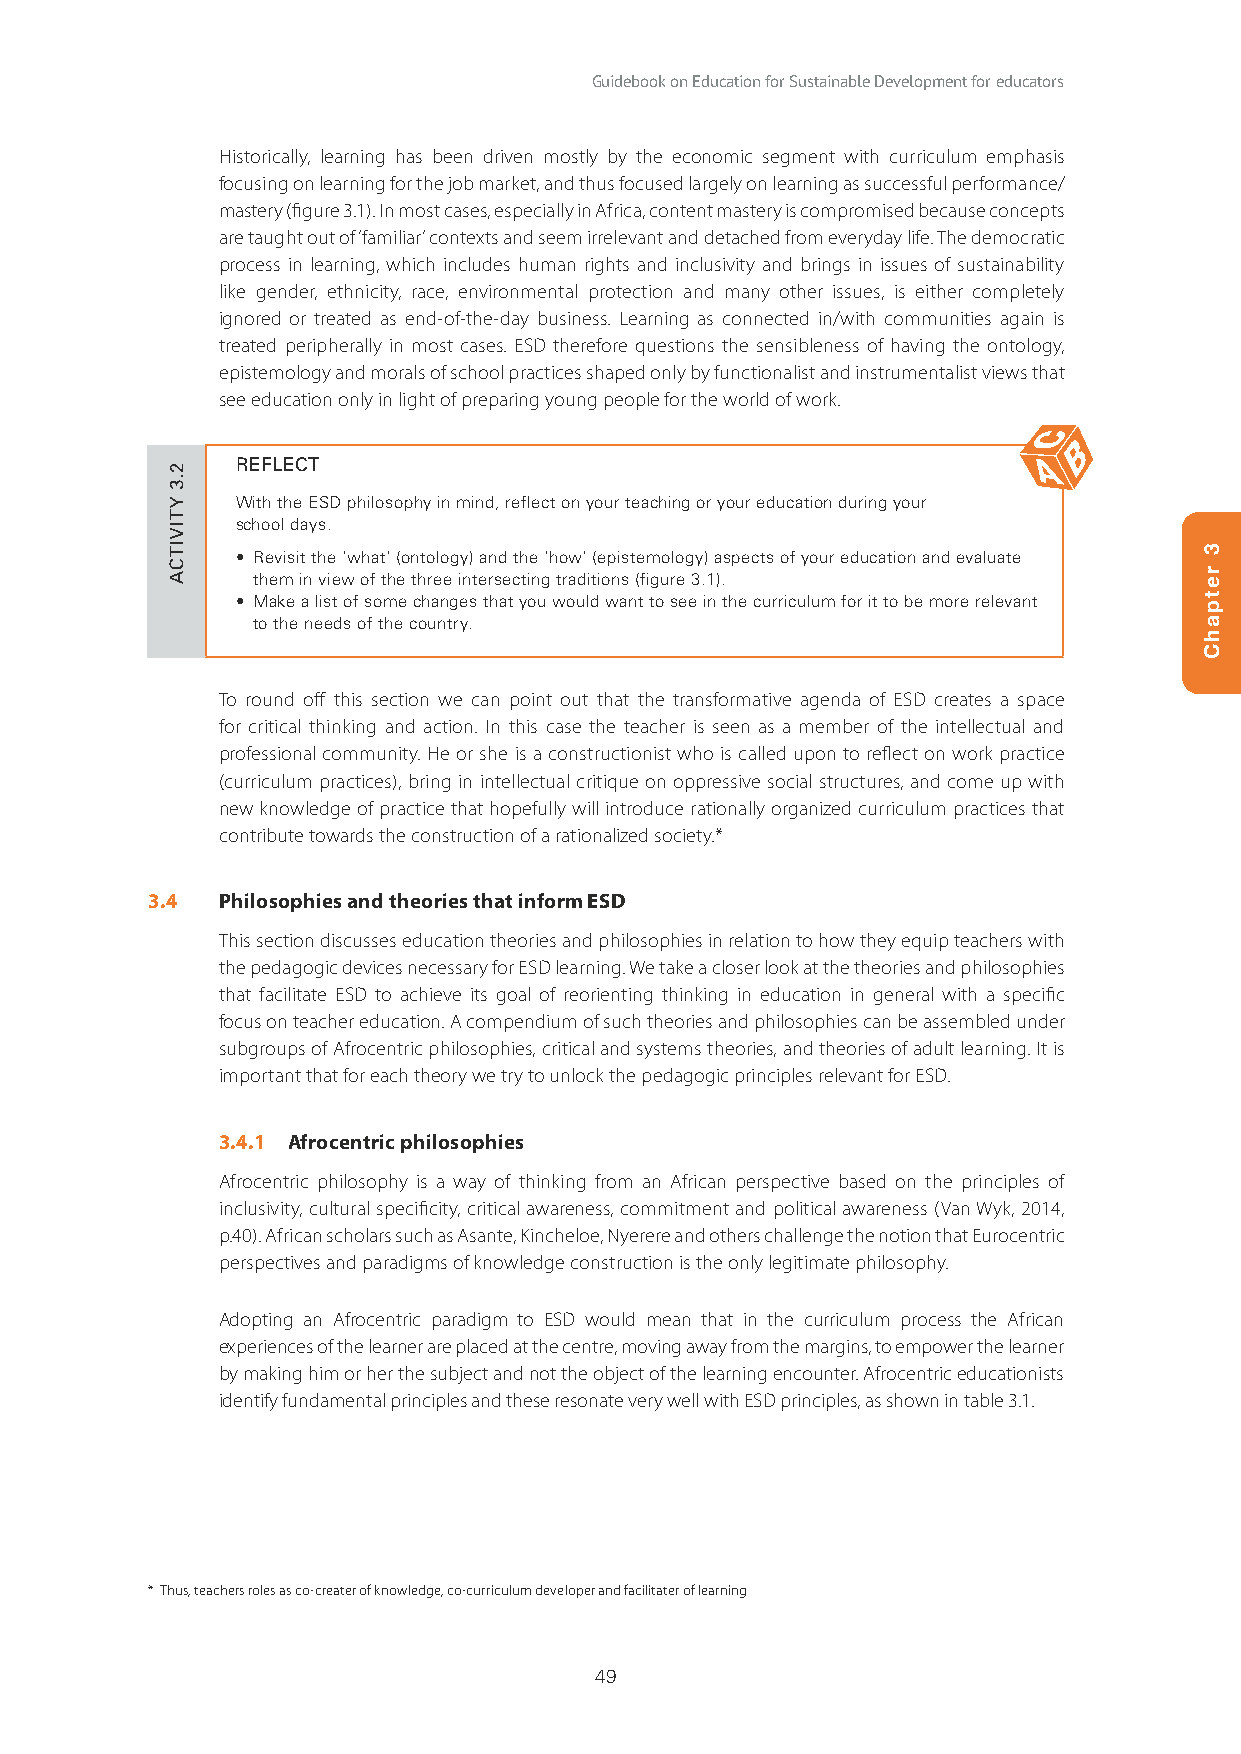
Guidebook on Education for Sustainable Development for educators
 Historically, learning has been driven mostly by the economic segment with curriculum emphasis
 focusing on learning for the job market, and thus focused largely on learning as successful performance/
 mastery (figure 3.1). In most cases, especially in Africa, content mastery is compromised because concepts
 are taught out of ‘familiar’ contexts and seem irrelevant and detached from everyday life. The democratic
 process in learning, which includes human rights and inclusivity and brings in issues of sustainability
 like gender, ethnicity, race, environmental protection and many other issues, is either completely
 ignored or treated as end-of-the-day business. Learning as connected in/with communities again is
 treated peripherally in most cases. ESD therefore questions the sensibleness of having the ontology,
 epistemology and morals of school practices shaped only by functionalist and instrumentalist views that
 see education only in light of preparing young people for the world of work.
 REFLECT
 With the ESD philosophy in mind, reflect on your teaching or your education during your
 school days.
 • Revisit the ‘what’ (ontology) and the ‘how’ (epistemology) aspects of your education and evaluate
 them in view of the three intersecting traditions (figure 3.1).
 • Make a list of some changes that you would want to see in the curriculum for it to be more relevant
 to the needs of the country.
 To round off this section we can point out that the transformative agenda of ESD creates a space
 for critical thinking and action. In this case the teacher is seen as a member of the intellectual and
 professional community. He or she is a constructionist who is called upon to reflect on work practice
 (curriculum practices), bring in intellectual critique on oppressive social structures, and come up with
 new knowledge of practice that hopefully will introduce rationally organized curriculum practices that
 contribute towards the construction of a rationalized society.*
 3.4 Philosophies and theories that inform ESD
 This section discusses education theories and philosophies in relation to how they equip teachers with
 the pedagogic devices necessary for ESD learning. We take a closer look at the theories and philosophies
 that facilitate ESD to achieve its goal of reorienting thinking in education in general with a specific
 focus on teacher education. A compendium of such theories and philosophies can be assembled under
 subgroups of Afrocentric philosophies, critical and systems theories, and theories of adult learning. It is
 important that for each theory we try to unlock the pedagogic principles relevant for ESD.
 3.4.1 Afrocentric philosophies
 Afrocentric philosophy is a way of thinking from an African perspective based on the principles of
 inclusivity, cultural specificity, critical awareness, commitment and political awareness (Van Wyk, 2014,
 p.40). African scholars such as Asante, Kincheloe, Nyerere and others challenge the notion that Eurocentric
 perspectives and paradigms of knowledge construction is the only legitimate philosophy.
 Adopting an Afrocentric paradigm to ESD would mean that in the curriculum process the African
 experiences of the learner are placed at the centre, moving away from the margins, to empower the learner
 by making him or her the subject and not the object of the learning encounter. Afrocentric educationists
 identify fundamental principles and these resonate very well with ESD principles, as shown in table 3.1.
 * Thus, teachers roles as co-creater of knowledge, co-curriculum developer and facilitater of learning
 49
 2.3
 YTIVITCA
 3
 retpahC